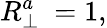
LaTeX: R_{\perp}^{a}\ =1,